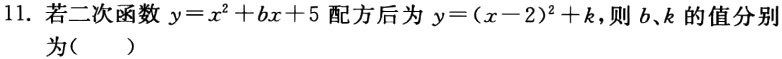
11. 若二次函数$y = x^{2}+bx + 5$配方后为$y=(x - 2)^{2}+k$，则$b、k$的值分别
为(  )